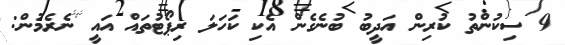
9 ސިކުންތު ކުރިން އަދީބު ބުނެގެން އެކި ކަހަލަ ރިޕޯޓުތައް އައީ ނެރެމުން: